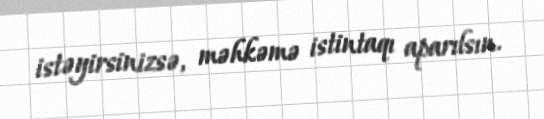
istəyirsinizsə, məhkəmə istintaqı aparılsın.